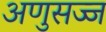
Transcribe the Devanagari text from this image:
अणुसज्ज